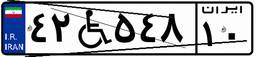
۴۲W۵۴۸۱۰